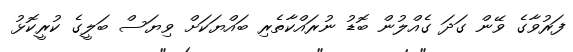
ފަރުވާގެ ވޭން ގަދަ ގެއްލުން ބޮޑު ނުރައްކާތެރި ބައްޔަކަށް ވިޔަސް ބަލީގެ ކުރީކޮޅު